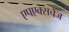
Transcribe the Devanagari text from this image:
एपएक्सचेंज